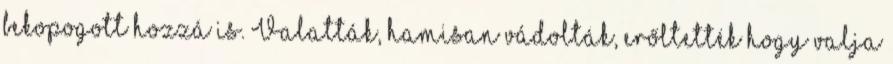
bekopogott hozzá is. Valatták, hamisan vádolták, erőltették hogy valja